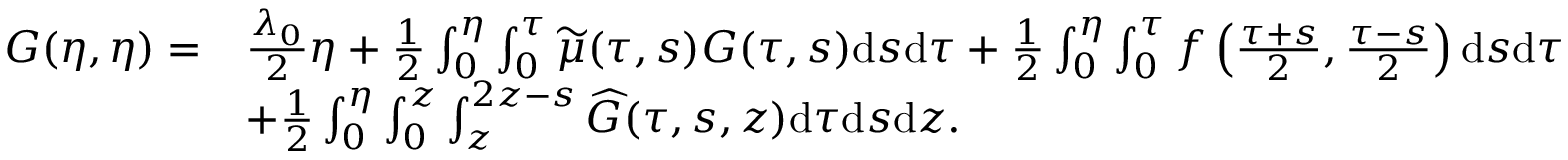
\begin{array} { r l } { G ( \eta , \eta ) = } & { { \frac { \lambda _ { 0 } } { 2 } } \eta + { { \frac { { 1 } } { 2 } } \int _ { 0 } ^ { \eta } \int _ { 0 } ^ { \tau } \widetilde { \mu } ( \tau , s ) G ( \tau , s ) \mathrm { d } s \mathrm { d } \tau } + \frac { 1 } { 2 } \int _ { 0 } ^ { \eta } \int _ { 0 } ^ { \tau } f \left( \frac { \tau + s } { 2 } , \frac { \tau - s } { 2 } \right) \mathrm { d } s \mathrm { d } \tau } \\ & { + \frac { 1 } { 2 } \int _ { 0 } ^ { \eta } \int _ { 0 } ^ { z } \int _ { z } ^ { 2 z - s } \widehat { G } ( \tau , s , z ) \mathrm { d } \tau \mathrm { d } s \mathrm { d } z . } \end{array}